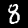
Label: 8